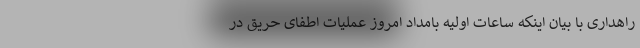
راهداری با بیان اینکه ساعات اولیه بامداد امروز عملیات اطفای حریق در